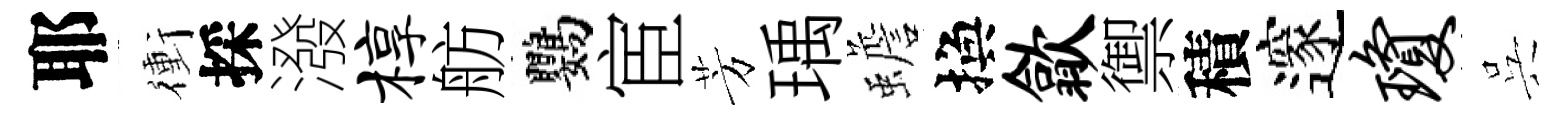
耶衝採潑椁舫鸚宦芳瑀蟾換歙禦積邃琼呉